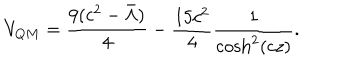
LaTeX: V _ { Q M } = \frac { 9 ( c ^ { 2 } - \bar { \Lambda } ) } { 4 } - \frac { 1 5 c ^ { 2 } } { 4 } \frac { 1 } { \cosh ^ { 2 } ( c z ) } .